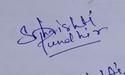
Signature authenticity: genuine